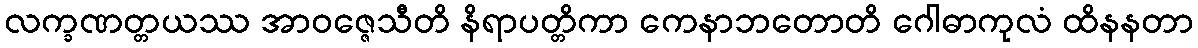
လက္ခဏတ္တယဿ အာဝဇ္ဇေသီတိ နိရာပတ္တိကာ ကေနာဘတောတိ ဂေါဓာကုလံ ထိနနတာ